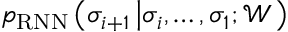
p _ { \mathrm { R N N } } \left( \sigma _ { i + 1 } \left| \sigma _ { i } , \dots , \sigma _ { 1 } ; \mathcal { W } \right. \right)